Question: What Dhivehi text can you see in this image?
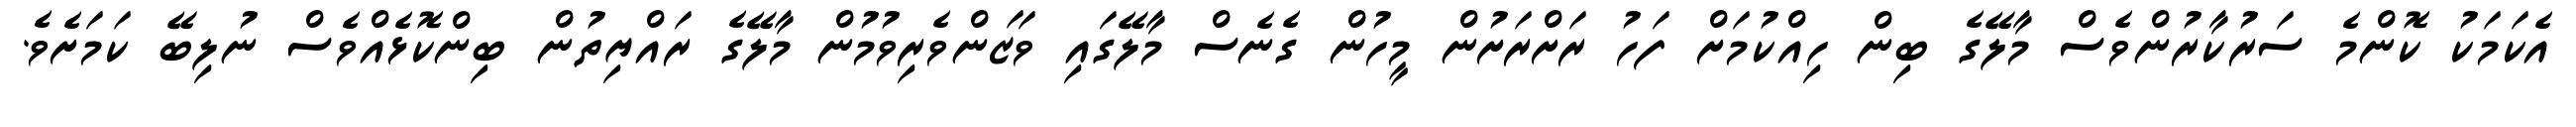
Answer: އެކަމަކު ކޮންމެ ސަރުކާރުންވެސް މާލޭގެ ބިން ހިއްކުމަށް ފަހު ރަށްރަށުން މީހުން ގެނެސް މާލޭގައި ވަޒަންވެރިވުމުން މާލޭގެ ރައްޔިތުން ބިންކޮޅެއްވެސް ނުލިބޭ ކަމަށެވެ.